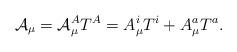
LaTeX: \begin{align*}{\cal A}_\mu = {\cal A}_\mu^A T^A = A_\mu^i T^i + A_\mu^a T^a .\end{align*}